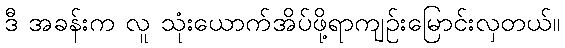
ဒီ အခန်းက လူ သုံးယောက်အိပ်ဖို့ရာကျဉ်းမြောင်းလှတယ်။